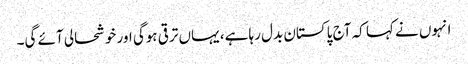
انہوں نے کہا کہ آج پاکستان بدل رہا ہے، یہاں ترقی ہوگی اور خوشحالی آئے گی۔